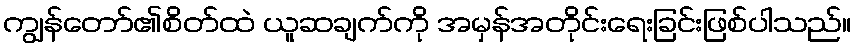
ကျွန်တော်၏စိတ်ထဲ ယူဆချက်ကို အမှန်အတိုင်းရေးခြင်းဖြစ်ပါသည်။